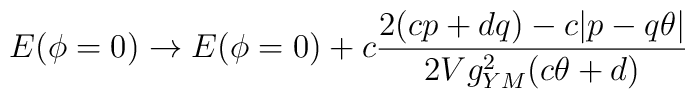
E(\phi=0)\to E(\phi=0)+c\frac{2 (cp+dq)-c|p-q\theta|}{2Vg_{YM}^2 (c\theta+d)}